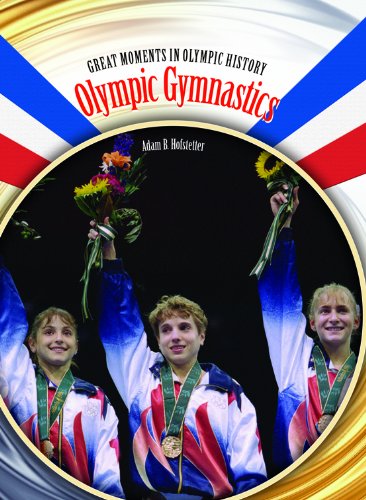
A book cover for Olympic Gymnastics (Great Moments in Olympic History); Adam B. Hofstetter; Children's Books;